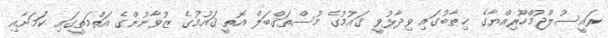
ރައީސުލްޖުމްހޫރިއްޔާގެ ޚިޠާބުގައި ވިދާޅުވީ ޤައުމުގެ މުސްތަޤްބަލް އޮތީ ޤައުމުގެ ޒުވާނުންގެ އަތްމަތީގައި ކަމަށާއި